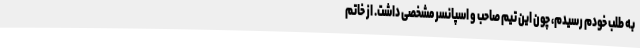
به طلب خودم رسیدم، چون این تیم صاحب و اسپانسر مشخصی داشت. از خاتم